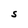
Character: S